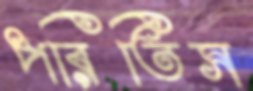
পরিতিস